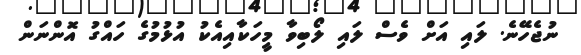
ނުޖެހޭނެ. ލައި އަށް ވެސް ލައި ލޯބިވާ މީހަކާއިއެކު އުޅުމުގެ ހައްގު އޮންނަން